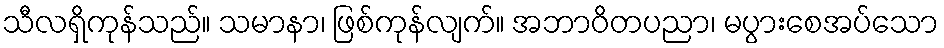
သီလရှိကုန်သည်။ သမာနာ၊ ဖြစ်ကုန်လျက်။ အဘာဝိတပညာ၊ မပွားစေအပ်သော